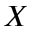
X